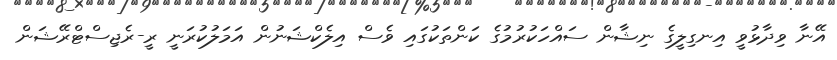
އޭނާ ވިދާޅުވީ އިނގިލީގެ ނިޝާން ސައްހަކުރުމުގެ ކަންތަކުގައި ވެސް އިލެކްޝަނުން އަމަލުކުރަނީ ރީ-ރެޖިސްޓްރޭޝަން